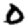
Digit: 0